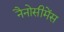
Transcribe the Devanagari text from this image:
नैनोसीमेंस